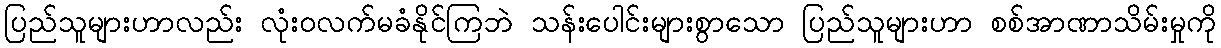
ပြည်သူများဟာလည်း လုံးဝလက်မခံနိုင်ကြဘဲ သန်းပေါင်းများစွာသော ပြည်သူများဟာ စစ်အာဏာသိမ်းမှုကို